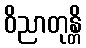
ဝိညာတုန္တိ